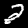
Digit: 2